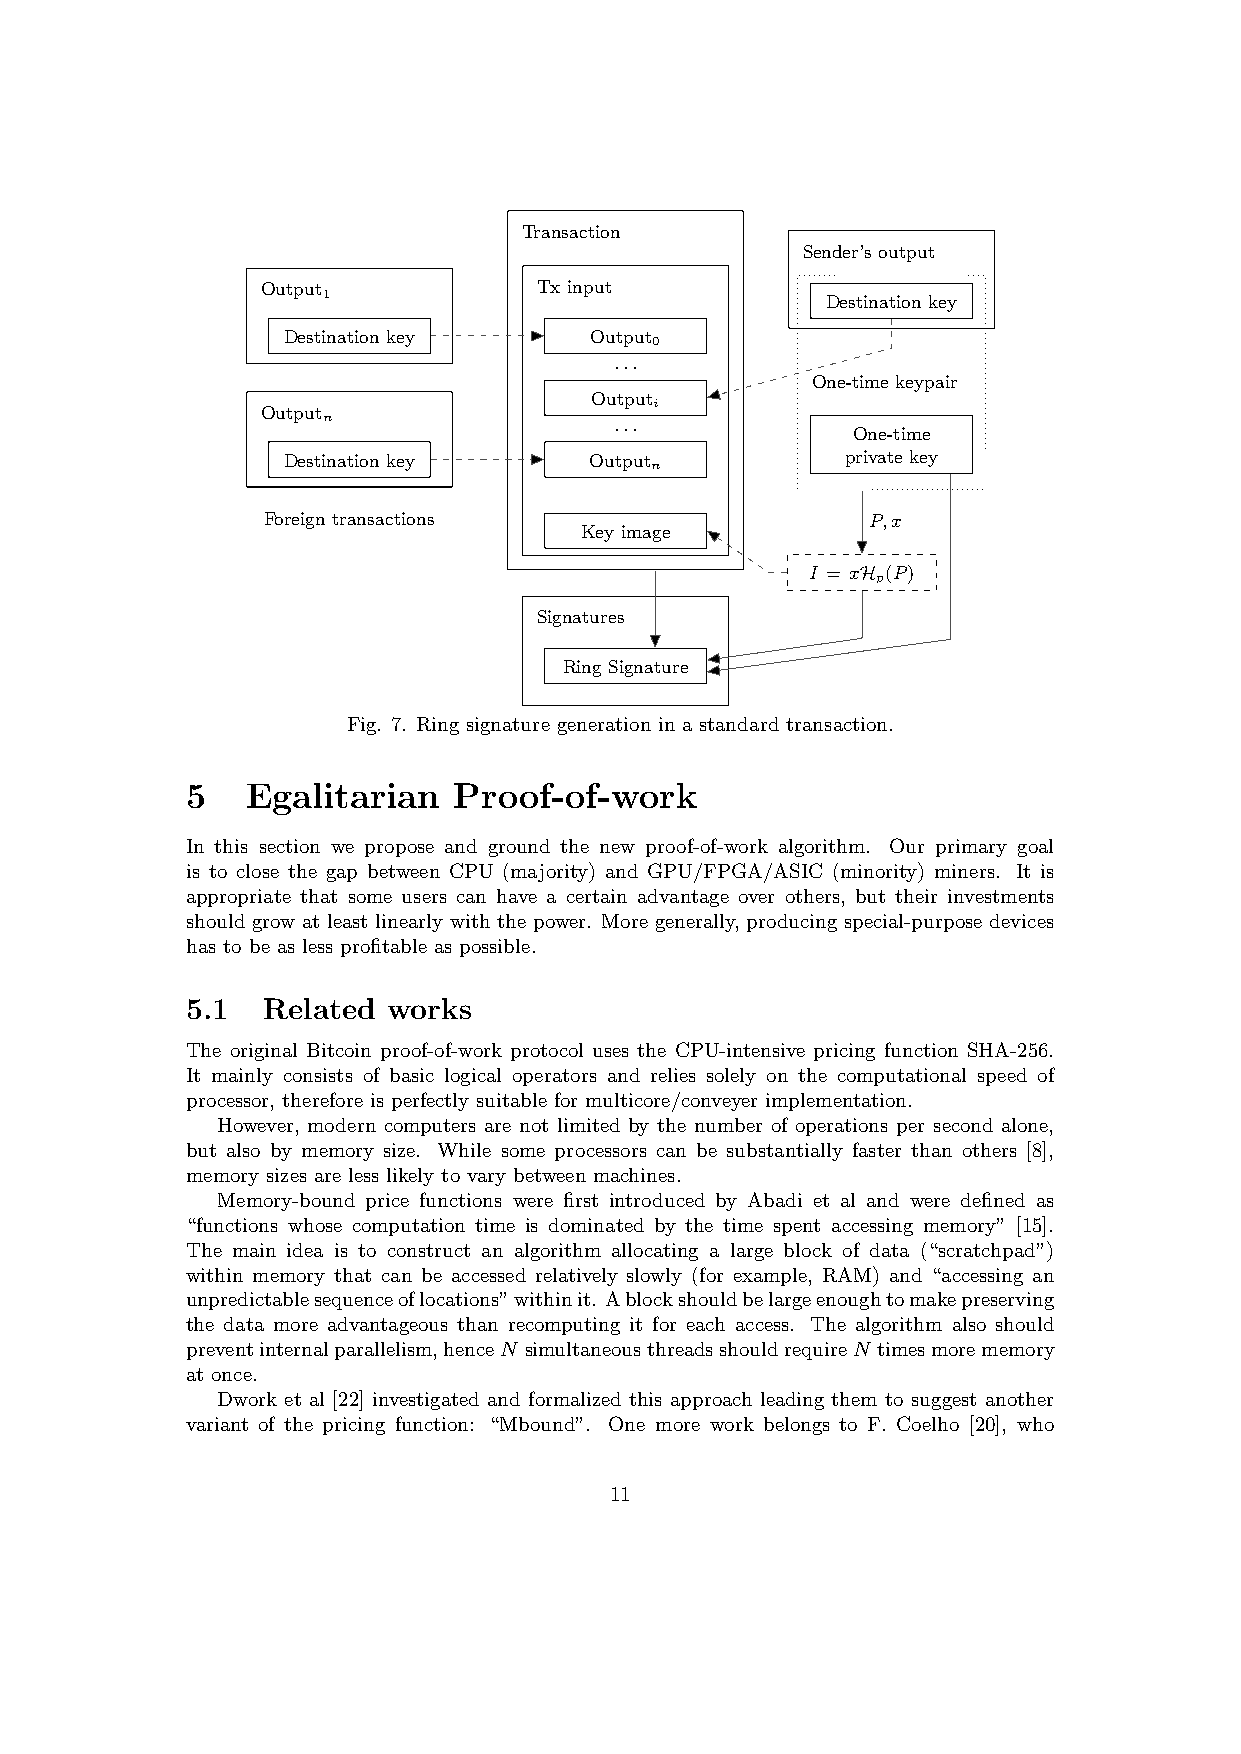
Transaction
 Sender’s output
 Output             Tx input
 1                                 Destination key
 Destination key     Output
 0
 ...
 One-time keypair
 Output
 i
 Output
 n                   ...
 One-time
 Destination key     Output           private key
 n
 Foreign transactions                     P,x
 Key image
 I = xH (P)
 p
 Signatures
 Ring Signature
 Fig. 7. Ring signature generation in a standard transaction.
 5   Egalitarian   Proof-of-work
 In this section we propose and ground the new proof-of-work algorithm. Our primary goal
 is to close the gap between CPU (majority) and GPU/FPGA/ASIC (minority) miners. It is
 appropriate that some users can have a certain advantage over others, but their investments
 should grow at least linearly with the power. More generally, producing special-purpose devices
 has to be as less profitable as possible.
 5.1  Related  works
 The original Bitcoin proof-of-work protocol uses the CPU-intensive pricing function SHA-256.
 It mainly consists of basic logical operators and relies solely on the computational speed of
 processor, therefore is perfectly suitable for multicore/conveyer implementation.
 However, modern computers are not limited by the number of operations per second alone,
 but also by memory size. While some processors can be substantially faster than others [8],
 memory sizes are less likely to vary between machines.
 Memory-bound price functions were first introduced by Abadi et al and were defined as
 “functions whose computation time is dominated by the time spent accessing memory” [15].
 The main idea is to construct an algorithm allocating a large block of data (“scratchpad”)
 within memory that can be accessed relatively slowly (for example, RAM) and “accessing an
 unpredictablesequenceoflocations”withinit. Ablockshouldbelargeenoughtomakepreserving
 the data more advantageous than recomputing it for each access. The algorithm also should
 preventinternalparallelism,henceN simultaneousthreadsshouldrequireN timesmorememory
 at once.
 Dwork et al [22] investigated and formalized this approach leading them to suggest another
 variant of the pricing function: “Mbound”. One more work belongs to F. Coelho [20], who
 11